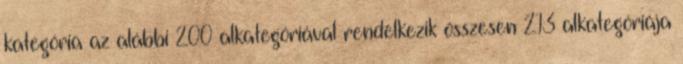
kategória az alábbi 200 alkategóriával rendelkezik összesen 213 alkategóriája